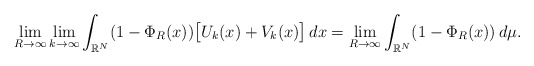
\begin{align*} \lim_{R\to \infty}\lim_{k\to \infty} \int_{\mathbb{R}^{N}}(1-\Phi_{R}(x))\big[ U_k(x)+V_k(x)\big]\,dx = \lim_{R\to \infty} \int_{\mathbb{R}^{N}}(1-\Phi_{R}(x))\,d\mu. \end{align*}